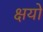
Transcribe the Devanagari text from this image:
क्षयो